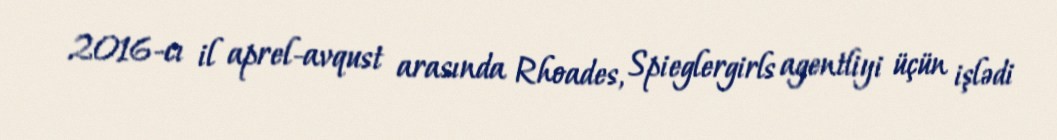
2016-cı il aprel-avqust arasında Rhoades, Spieglergirls agentliyi üçün işlədi